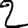
Digit: 2